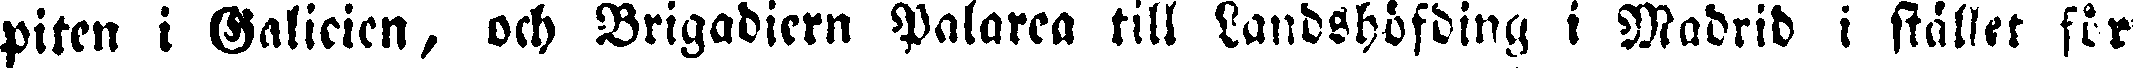
piten i Galicien, och Brigadiern Palarea till Landshöfding, i Madrid i stället för